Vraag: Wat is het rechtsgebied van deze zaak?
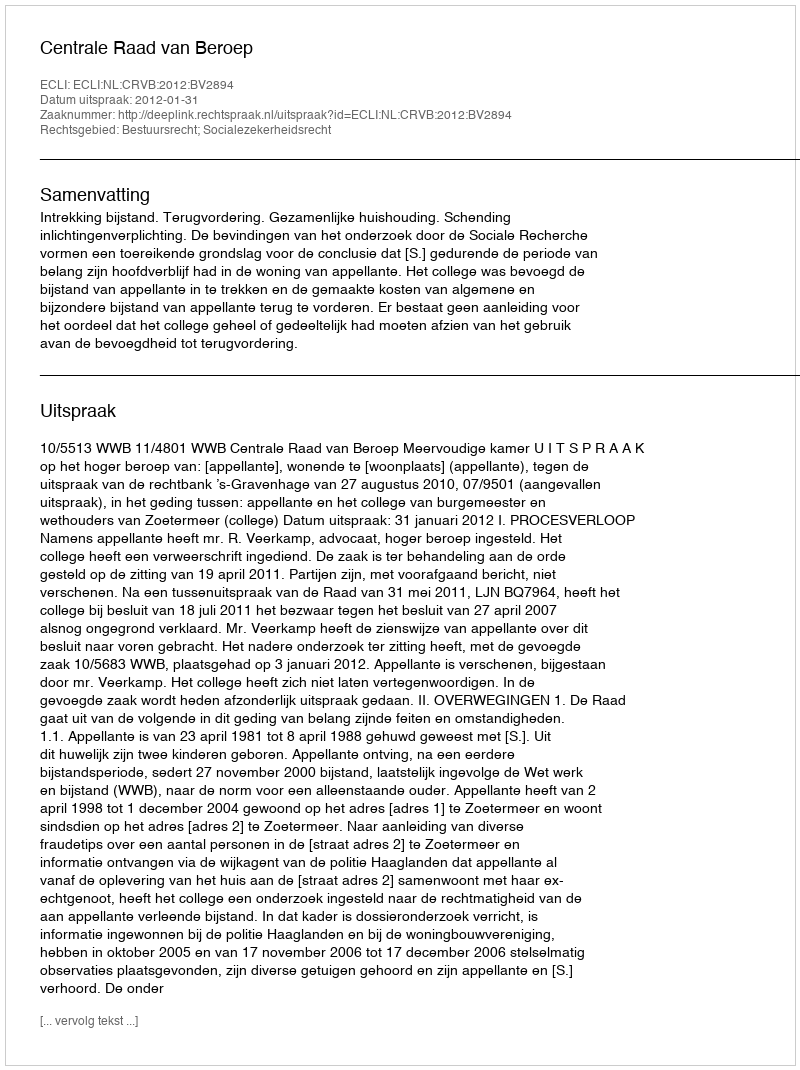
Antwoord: Bestuursrecht; Socialezekerheidsrecht